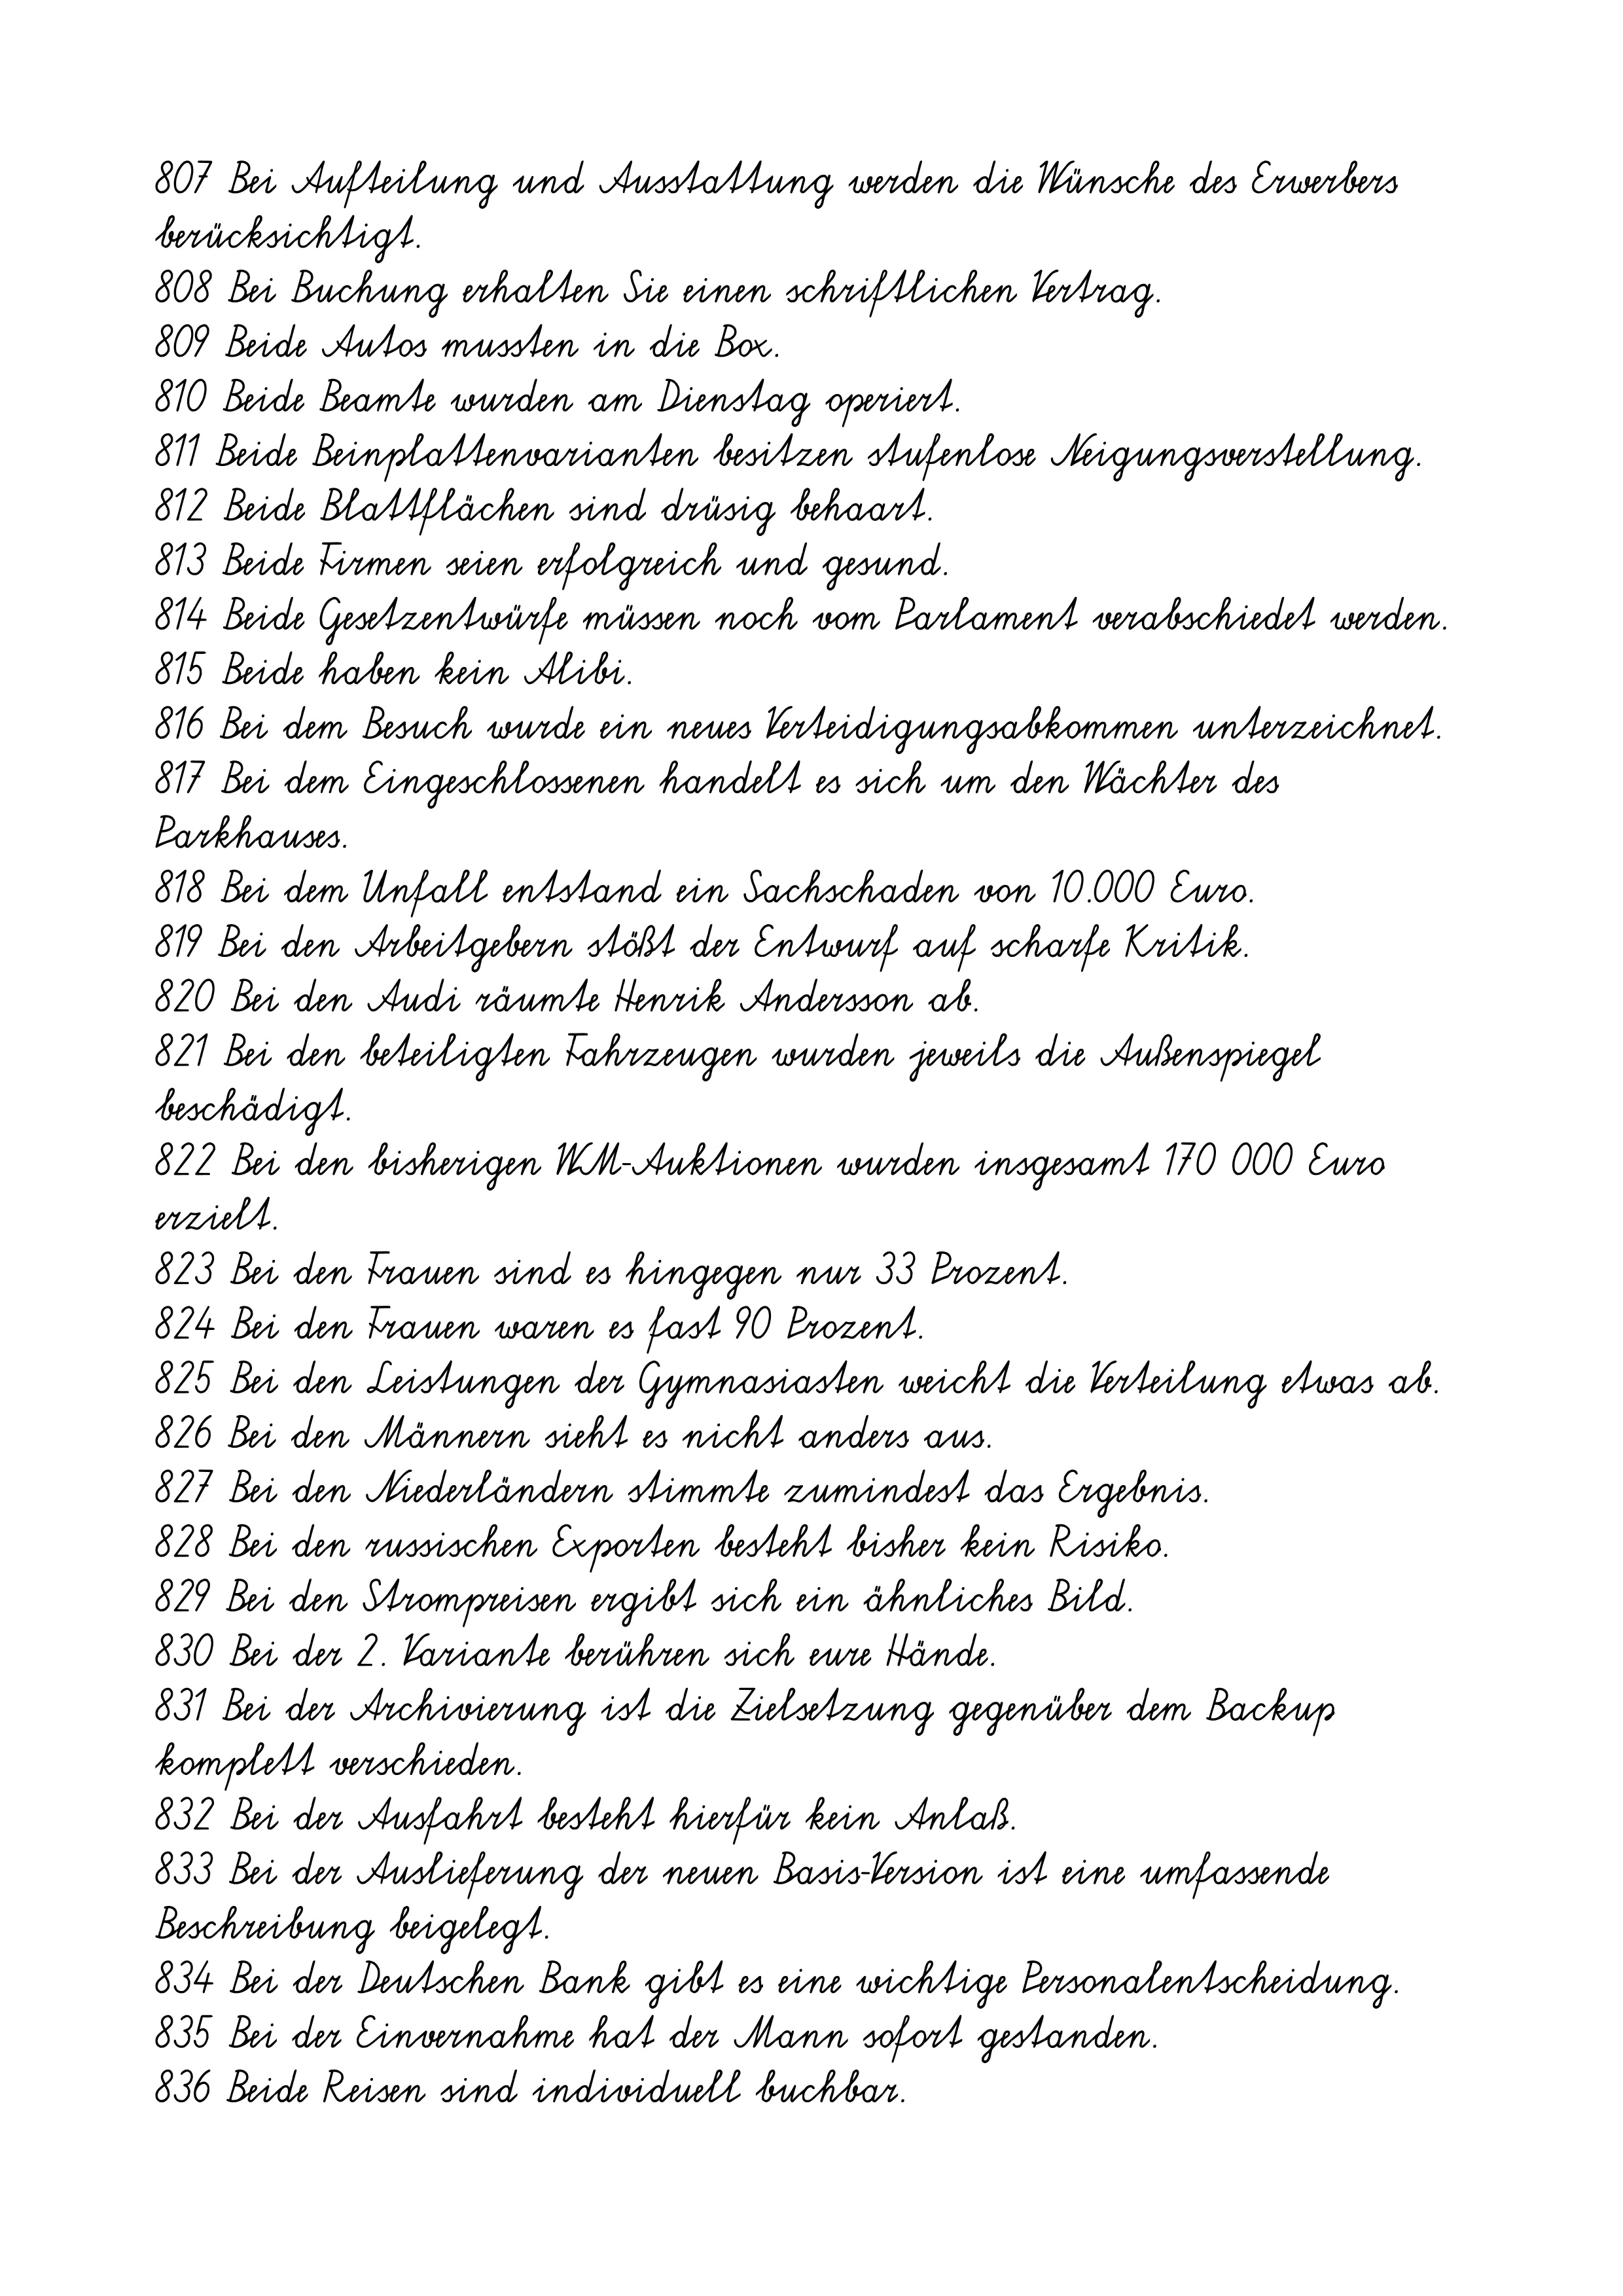
807 Bei Aufteilung und Ausstattung werden die Wünsche des Erwerbers
berücksichtigt.
808 Bei Buchung erhalten Sie einen schriftlichen Vertrag.
809 Beide Autos mussten in die Box.
810 Beide Beamte wurden am Dienstag operiert.
811 Beide Beinplattenvarianten besitzen stufenlose Neigungsverstellung.
812 Beide Blattflächen sind drüsig behaart.
813 Beide Firmen seien erfolgreich und gesund.
814 Beide Gesetzentwürfe müssen noch vom Parlament verabschiedet werden.
815 Beide haben kein Alibi.
816 Bei dem Besuch wurde ein neues Verteidigungsabkommen unterzeichnet.
817 Bei dem Eingeschlossenen handelt es sich um den Wächter des
Parkhauses.
818 Bei dem Unfall entstand ein Sachschaden von 10.000 Euro.
819 Bei den Arbeitgebern stößt der Entwurf auf scharfe Kritik.
820 Bei den Audi räumte Henrik Andersson ab.
821 Bei den beteiligten Fahrzeugen wurden jeweils die Außenspiegel
beschädigt.
822 Bei den bisherigen WM-Auktionen wurden insgesamt 170 000 Euro
erzielt.
823 Bei den Frauen sind es hingegen nur 33 Prozent.
824 Bei den Frauen waren es fast 90 Prozent.
825 Bei den Leistungen der Gymnasiasten weicht die Verteilung etwas ab.
826 Bei den Männern sieht es nicht anders aus.
827 Bei den Niederländern stimmte zumindest das Ergebnis.
828 Bei den russischen Exporten besteht bisher kein Risiko.
829 Bei den Strompreisen ergibt sich ein ähnliches Bild.
830 Bei der 2. Variante berühren sich eure Hände.
831 Bei der Archivierung ist die Zielsetzung gegenüber dem Backup
komplett verschieden.
832 Bei der Ausfahrt besteht hierfür kein Anlaß.
833 Bei der Auslieferung der neuen Basis-Version ist eine umfassende
Beschreibung beigelegt.
834 Bei der Deutschen Bank gibt es eine wichtige Personalentscheidung.
835 Bei der Einvernahme hat der Mann sofort gestanden.
836 Beide Reisen sind individuell buchbar.